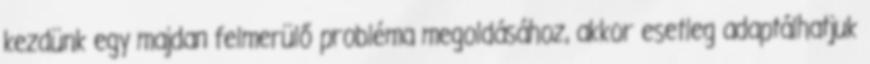
kezdünk egy majdan felmerülő probléma megoldásához, akkor esetleg adaptálhatjuk